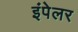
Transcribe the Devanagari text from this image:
इंपेलर